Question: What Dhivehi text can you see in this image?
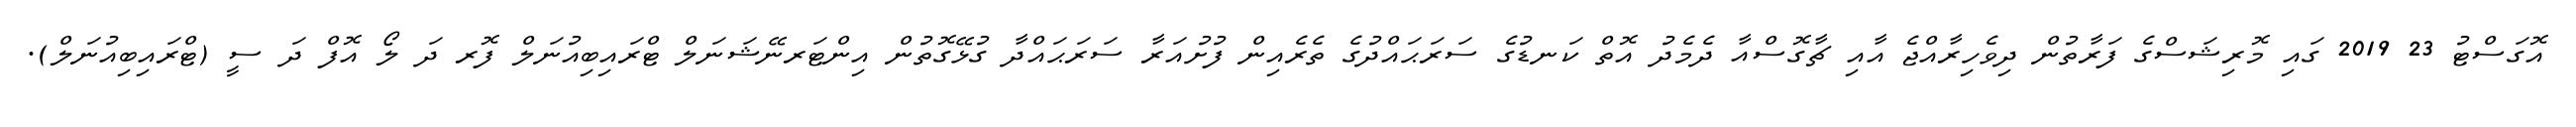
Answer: އޮގަސްޓު 23 2019 ގައި މޮރިޝަސްގެ ފަރާތުން ދިވެހިރާއްޖެ އާއި ޗާގޮސްއާ ދެމެދު އޮތް ކަނޑުގެ ސަރަޙައްދުގެ ތެރެއިން ފުށުއަރާ ސަރަޙައްދާ ގުޅޭގޮތުން އިންޓަރނޭޝަނަލް ޓްރައިބިއުނަލް ފޮރ ދަ ލޯ އޮފް ދަ ސީ (ޓްރައިބިއުނަލް).